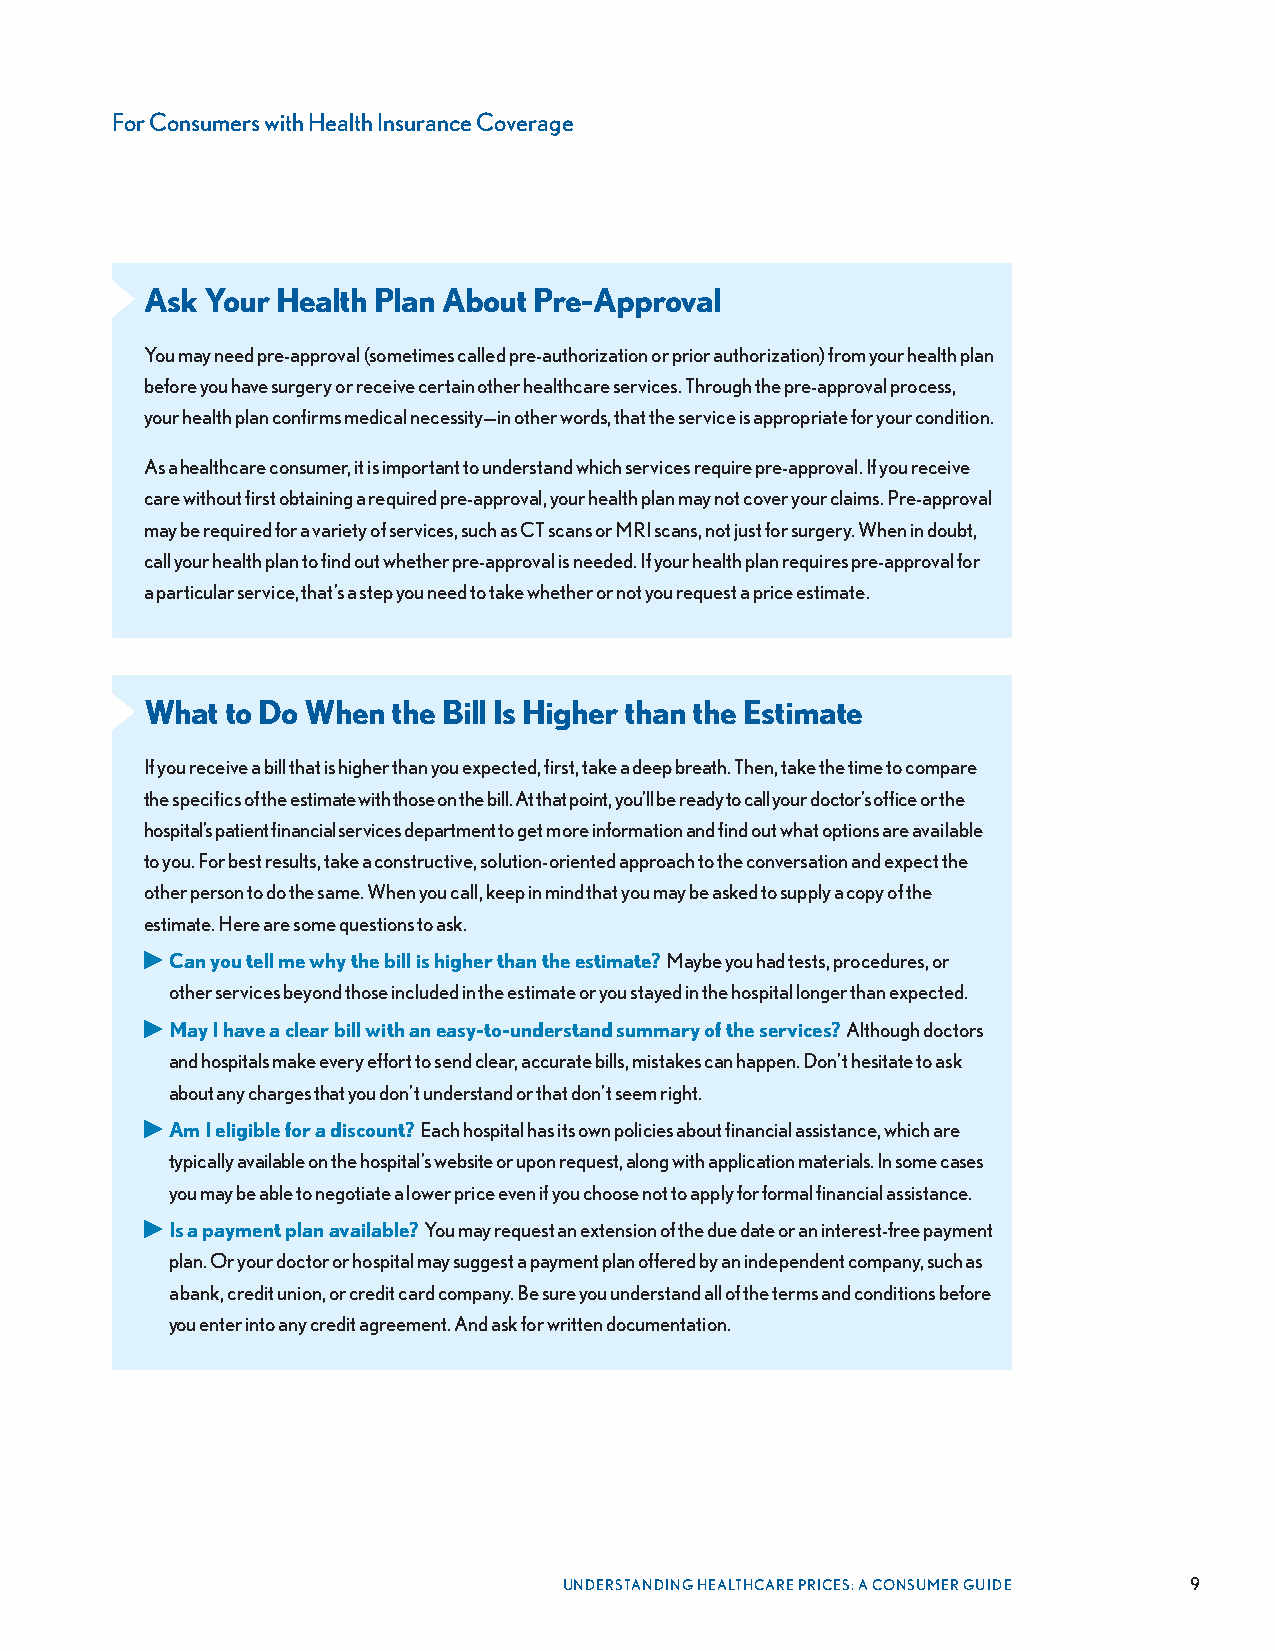
For Consumers with Health Insurance Coverage
 Ask Your Health Plan About Pre-Approval
 You may need pre-approval (sometimes called pre-authorization or prior authorization) from your health plan
 before you have surgery or receive certain other healthcare services. Through the pre-approval process,
 your health plan confirms medical necessity—in other words, that the service is appropriate for your condition.
 As a healthcare consumer, it is important to understand which services require pre-approval. If you receive
 care without first obtaining a required pre-approval, your health plan may not cover your claims. Pre-approval
 may be required for a variety of services, such as CT scans or MRI scans, not just for surgery. When in doubt,
 call your health plan to find out whether pre-approval is needed. If your health plan requires pre-approval for
 a particular service, that’s a step you need to take whether or not you request a price estimate.
 What to Do When the Bill Is Higher than the Estimate
 If you receive a bill that is higher than you expected, first, take a deep breath. Then, take the time to compare
 the specifics of the estimate with those on the bill. At that point, you’ll be ready to call your doctor’s office or the
 hospital’s patient financial services department to get more information and find out what options are available
 to you. For best results, take a constructive, solution-oriented approach to the conversation and expect the
 other person to do the same. When you call, keep in mind that you may be asked to supply a copy of the
 estimate. Here are some questions to ask.
 ▶ Can you tell me why the bill is higher than the estimate? Maybe you had tests, procedures, or
 other services beyond those included in the estimate or you stayed in the hospital longer than expected.
 ▶ May I have a clear bill with an easy-to-understand summary of the services? Although doctors
 and hospitals make every effort to send clear, accurate bills, mistakes can happen. Don’t hesitate to ask
 about any charges that you don’t understand or that don’t seem right.
 ▶ Am I eligible for a discount? Each hospital has its own policies about financial assistance, which are
 typically available on the hospital’s website or upon request, along with application materials. In some cases
 you may be able to negotiate a lower price even if you choose not to apply for formal financial assistance.
 ▶ Is a payment plan available? You may request an extension of the due date or an interest-free payment
 plan. Or your doctor or hospital may suggest a payment plan offered by an independent company, such as
 a bank, credit union, or credit card company. Be sure you understand all of the terms and conditions before
 you enter into any credit agreement. And ask for written documentation.
 UNDERSTANDING HEALTHCARE PRICES: A CONSUMER GUIDE 9